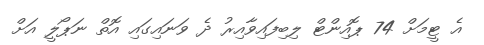
އެ ޓީމަށް 74 ޕޮއިންޓް ލިބިފައިވާއިރު ދެ ވަނައިގައި އޮތް ނަޕޯލީ އަށް